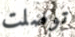
توصلت